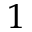
^ { 1 }